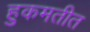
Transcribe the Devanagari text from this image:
हुकमतीत